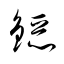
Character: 鐚